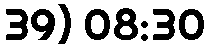
39) 08:30